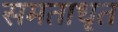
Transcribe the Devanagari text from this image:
समताधृत